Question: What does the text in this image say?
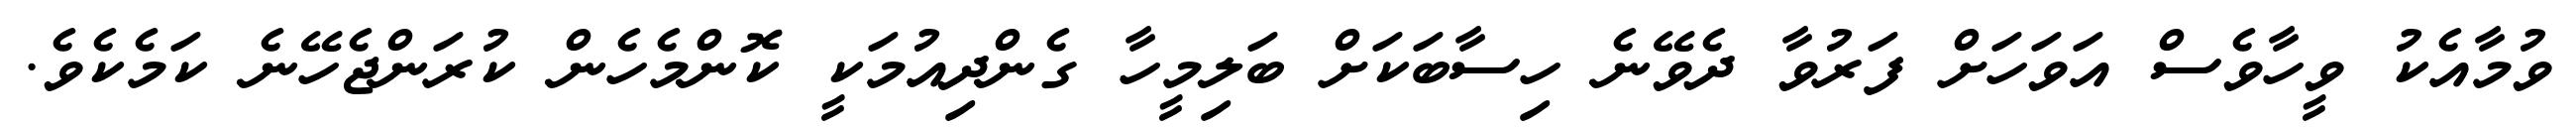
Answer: ވުމާއެކު ވީހާވެސް އަވަހަށް ފަރުވާ ދެވޭނެ ހިސާބަކަށް ބަލިމީހާ ގެންދިއުމަކީ ކޮންމެހެން ކުރަންޖެހޭނެ ކަމެކެވެ.